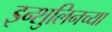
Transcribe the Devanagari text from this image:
इन्शुलिनच्या